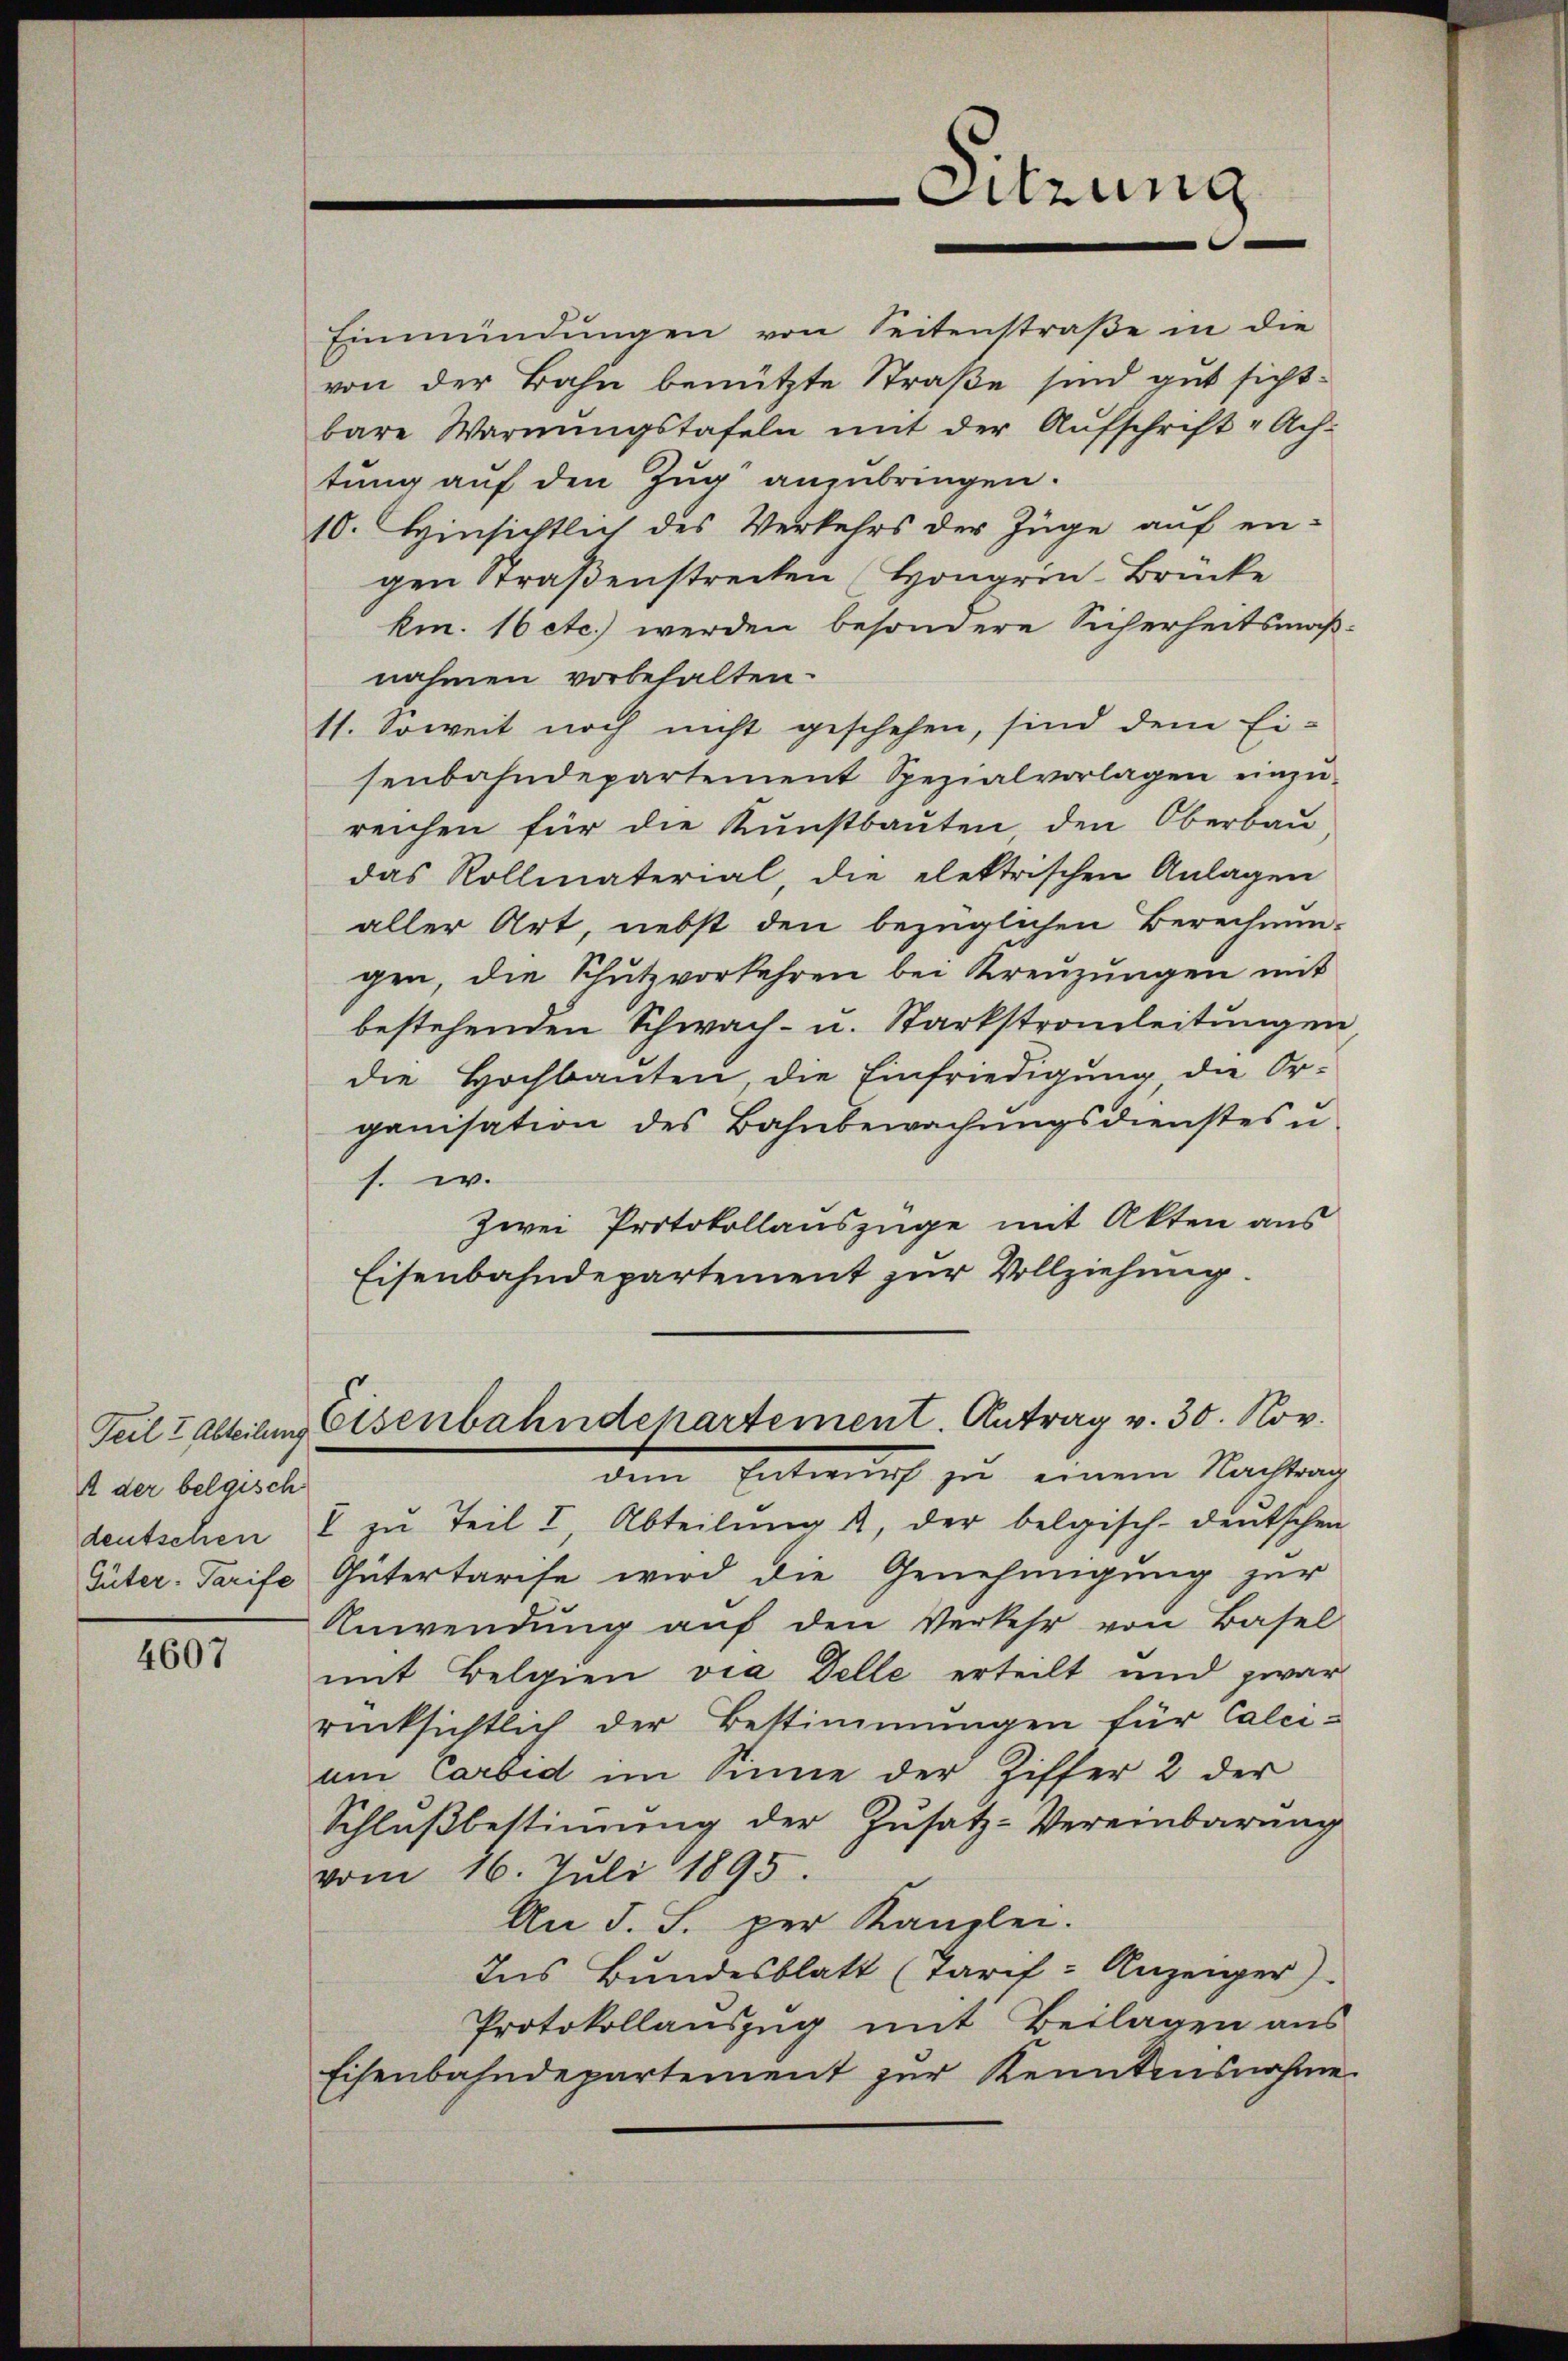
Teil & Abteilung
A der belgisch
Güter-Tarife

4607

Einmündungen von Seitenstraße in die
von der Bahn benützte Straße sind gut sicht-
bare Warnŭngstafeln mit der Aŭfschrift-Ach-
tung auf den Zug anzubringen.
10. Hinsichtlich des Verkehrs der Züge auf eigen Straßenstrecken (Hongrin-Brücke
km. 16 etc.) werden besondere Sicherheitsmäßnahmen vorbehalten.
11. Soweit noch nicht geschehen, sind dem Ei-
senbahndepartement Spezialvorlagen einzŭ-
reichen für die Kunstbauten den Oberbau,
das Rollmaterial, die elektrischen Anlagen
aller Art, nebst den bezüglichen Berechnungen, die Schutzvorkehren bei Kreuzungen mit
bestehenden Schwach- u. Starkstronleitungen
die Hochbauten, die Einfriedigung die Or-
ganisation des Bahnbewachungsdienstes u.
f. w.
zwei Protokollauszüge mit Akten aus
Eisenbahndepartement zur Vollziehung.
Eisenbahndepartement. Antrag v. 30. Nov.
dem Entwurf zu einem Nachtrag
deutschen u zŭ Teil I, Abteilŭng u. der belgisch-deutschen
Gütertarise wird die Genehmigung zur
Anwendŭng aŭf den Verkehr von Basel
mit Belgien via Delle erteilt und zwar
rücksichtlich der Bestimmungen für Calci-
am Carbid im Sinne der Ziffer 2 der
Schlußbestimmung der Zusatz-Vereinbarung
vom 16. Juli 1895.
An d. S. per Kanzlei.
Ins Bundesblatt (Tarif- Anzeiger)
Protokollaŭszŭg mit Beilagen aus
Eisenbahndepartement zur Kenntensnahme

Sitzung